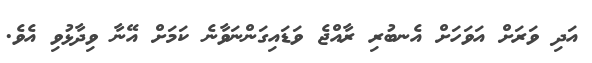
އަދި ވަރަށް އަވަހަށް އެނބުރި ރާއްޖެ ވަޑައިގަންނަވާނެ ކަމަށް އޭނާ ވިދާޅުވި އެވެ.